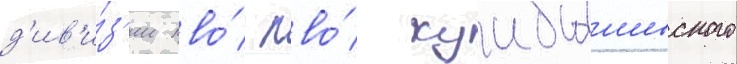
д'ив'и́з'ии пво́ пво́ куибышевского